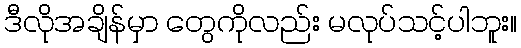
ဒီလိုအချိန်မှာ တွေကိုလည်း မလုပ်သင့်ပါဘူး။